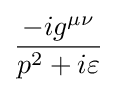
{-ig^{\mu \nu } \over p^{2}+i\varepsilon }